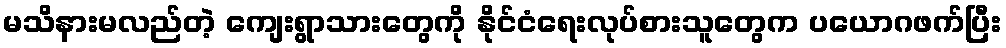
မသိနားမလည်တဲ့ ကျေးရွာသားတွေကို နိုင်ငံရေးလုပ်စားသူတွေက ပယောဂဖက်ပြီး